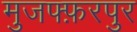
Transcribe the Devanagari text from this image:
मुजफ्फ़रपुर